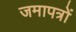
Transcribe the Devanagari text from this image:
जमापत्रों